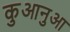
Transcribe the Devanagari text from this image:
कुआनुआ